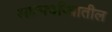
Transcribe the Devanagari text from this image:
आत्मचरित्रातील